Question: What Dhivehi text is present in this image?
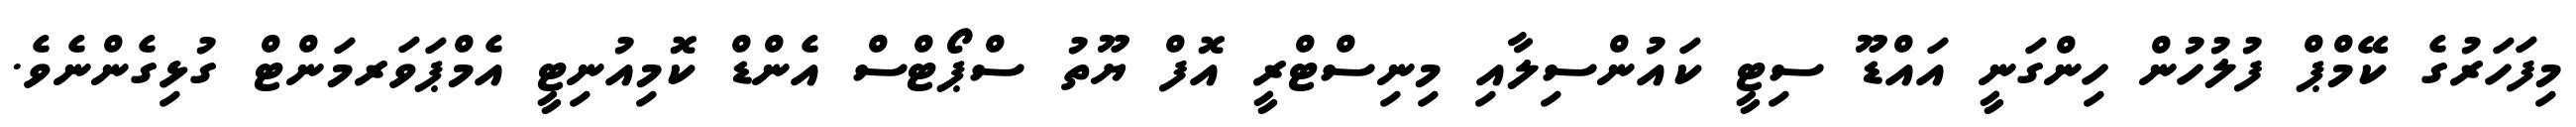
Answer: މިފަހަރުގެ ކޭމްޕް ފުލުހުން ހިންގަނީ އައްޑޫ ސިޓީ ކައުންސިލާއި މިނިސްޓްރީ އޮފް ޔޫތު ސްޕޯޓްސް އެންޑް ކޮމިއުނިޓީ އެމްޕަވަރމަންޓް ގުޅިގެންނެވެ.